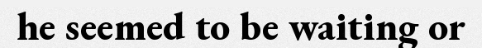
he seemed to be waiting or